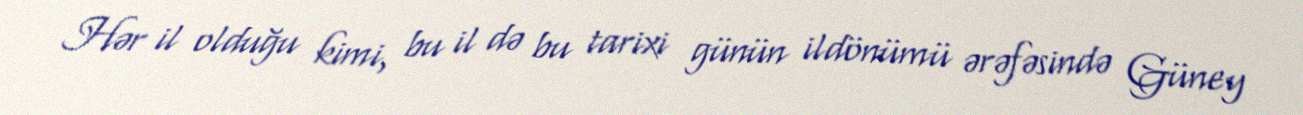
Hər il olduğu kimi, bu il də bu tarixi günün ildönümü ərəfəsində Güney